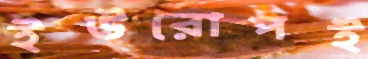
ইউরোপই